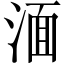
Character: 湎